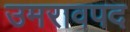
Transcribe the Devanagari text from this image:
उमरावपद